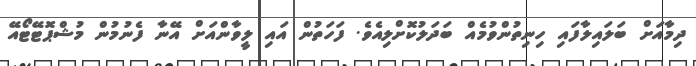
ދިމާއަށް ބަލައިލާފައި ހިނިތުންވުމެއް ބަދަލުކޮށްލިއެވެ. ފަހަތުން އައި ލީވާންއަށް އޭނާ ފެނުމުން މުޝްޕޮޓޭޓޯއޭ